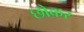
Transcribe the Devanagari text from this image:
छोकर